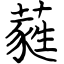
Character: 蕤